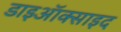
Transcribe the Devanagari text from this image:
डाइऑक्साइद